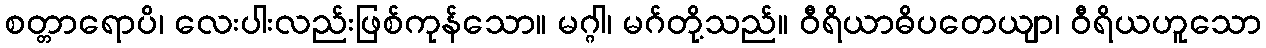
စတ္တာရောပိ၊ လေးပါးလည်းဖြစ်ကုန်သော။ မဂ္ဂါ၊ မဂ်တို့သည်။ ဝီရိယာဓိပတေယျာ၊ ဝီရိယဟူသော